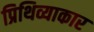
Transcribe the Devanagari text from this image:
प्रिथिव्याकार